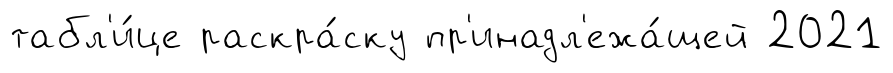
табл'и́це раскра́ску пр'инадл'ежа́щей 2021